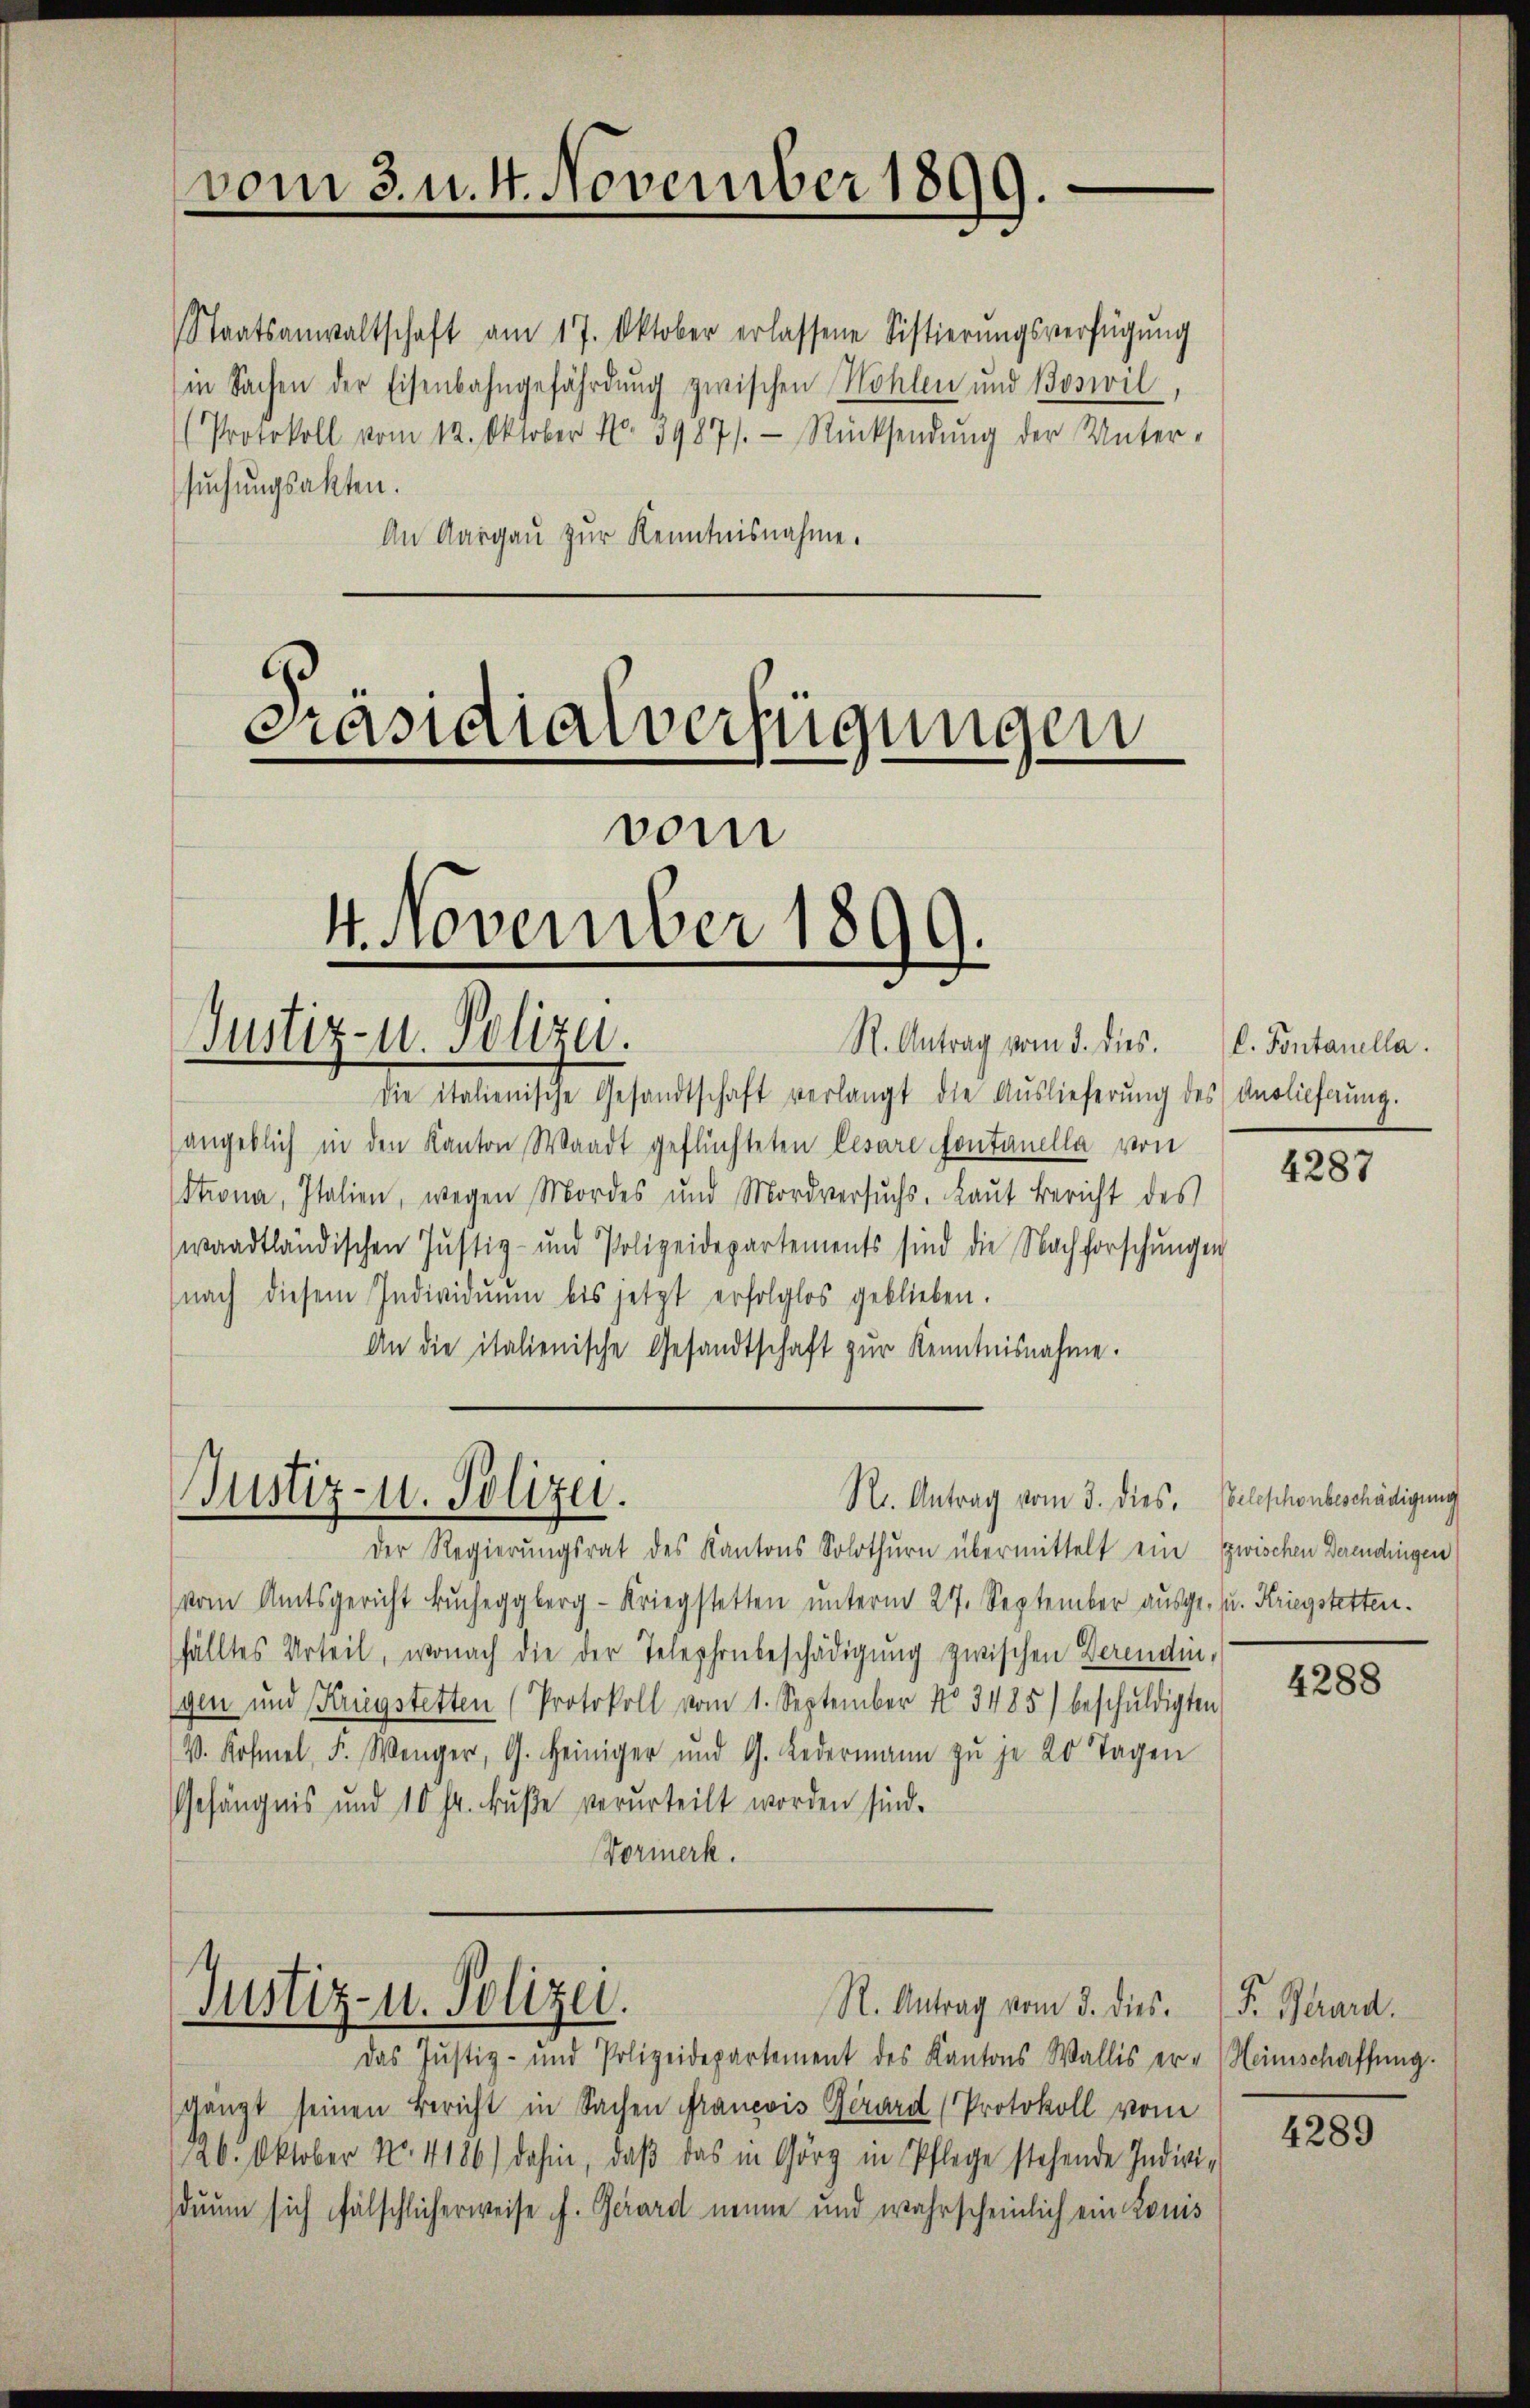
Protokoll vom 12. Oktober No. 3987/. Rücksendŭng der Unter-
suchungsakten.
An Aargau zur Kenntnisnahme.

vom 3. u. 4. November 1899.

Staatsanwaltschaft am 17. Oktober erlassene Sistierŭngsverfügŭng
in Sachen der Eisenbahngefährdung zwischen Kohlen und Boswil,

Präsidialverfügungen
vom
4. November 1890
f
Justiz- u. Polizei.
R. Antrag vom 3. dies.

die Italienische Gesandtschaft verlangt die Auslieferŭng des Verliehrung.
angeblich in den Kanton Waadt geflüchteten Cesare Fontanella von
Strona, Italien, wegen Mordes und Mordversŭchs. Laŭt Bericht des
waadtländischen Justiz- und Polizeidepartements sind die Nachforschungen
nach diesem Individuum bis jetzt erfolglos geblieben.
An die italienische Gesandtschaft zur Kenntnisnahme.

R. Antrag vom 3. dies. Telephonbeschädigung
Justiz- u. Polizei.

Justiz- u. Polizei.

R. Antrag vom 3. dies.

l. Fontanella.

Der Regierungsrat des Kantons Solothurn übermittelt ein zwischen Derendingen
vom Amtsgericht Bucheggberg-Kriegstetten unterm 27. September ausge- u. Kriegstetten.
fälltes Urteil, wonach die der Telephonbeschädigung zwischen Derendin,
gen und Kriegstetten (Protokoll vom 1. September No. 3485) beschuldigten
V. Kosmel, F. Wenger, G. Heiniger und G. Ledermann zŭ je 20 Tagen
Gefängnis und 10 Fr. Bŭβe verurteilt worden sind.
Vormerk.

das Justiz- und Polizeidepartement des Kantons Wallis er - Heimschaffung.
gänzt seinen Bericht in Sachen Francois Girard (Protokoll vom
126. Oktober No. 4186) dahin, daβ das in Görg in Pflege stehende Indivi-
duum sich fälschlicherweise f. Gerard nenne und wahrscheinlich ein Konis

4287

4288

F. Berard.

4289